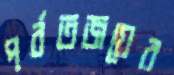
পর্বতজয়ের